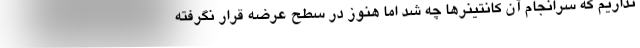
نداریم که سرانجام آن کانتینرها چه شد اما هنوز در سطح عرضه قرار نگرفته